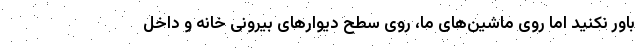
باور نکنید اما روی ماشین‌های ما، روی سطح دیوارهای بیرونی خانه و داخل